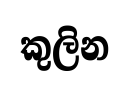
කුලින